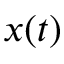
x ( t )